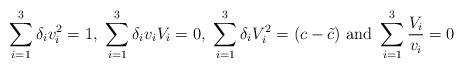
LaTeX: \begin{align*}\begin{array}{l}\displaystyle\sum_{i=1}^3\delta_iv_i^2=1, \ \sum_{i=1}^3\delta_iv_iV_i=0, \ \sum_{i=1}^3\delta_iV_i^2=(c-\tilde{c}) \ \mbox{and} \ \sum_{i=1}^3{\frac{V_i}{v_i}}=0\end{array}\end{align*}